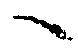
ヘ